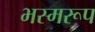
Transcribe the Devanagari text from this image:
भस्मरूप